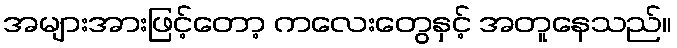
အများအားဖြင့်တော့ ကလေးတွေနှင့် အတူနေသည်။